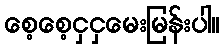
စေ့စေ့ငှငှမေးမြန်းပါ။